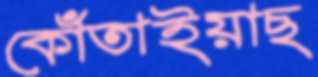
কোঁতাইয়াছ